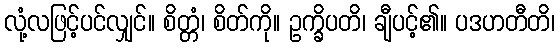
လုံ့လဖြင့်ပင်လျှင်။ စိတ္တံ၊ စိတ်ကို။ ဥက္ခိပတိ၊ ချီပင့်၏။ ပဒဟတီတိ၊